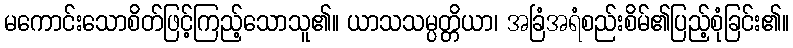
မကောင်းသောစိတ်ဖြင့်ကြည့်သောသူ၏။ ယာသသမ္ပတ္တိယာ၊ အခြံအရံစည်းစိမ်၏ပြည့်စုံခြင်း၏။